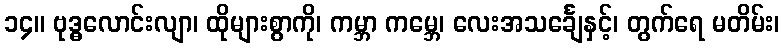
၁၄။ ဗုဒ္ဓလောင်းလျာ၊ ထိုများစွာကို၊ ကမ္ဘာ ကမ္ဘေ၊ လေးအသင်္ချေနှင့်၊ တွက်ရေ မတိမ်း၊